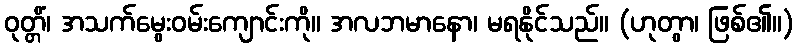
ဝုတ္တိံ၊ အသက်မွေးဝမ်းကျောင်းကို။ အလဘမာနော၊ မရနိုင်သည်။ (ဟုတွာ၊ ဖြစ်၏။)